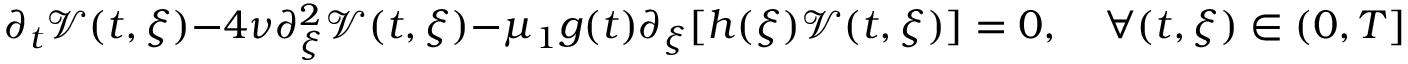
\partial _ { t } \mathcal { V } ( t , \xi ) - 4 \nu \partial _ { \xi } ^ { 2 } \mathcal { V } ( t , \xi ) - \mu _ { 1 } g ( t ) \partial _ { \xi } [ h ( \xi ) \mathcal { V } ( t , \xi ) ] = 0 , \quad \forall ( t , \xi ) \in ( 0 , T ] \times \mathbb { R } .